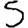
Digit: 5